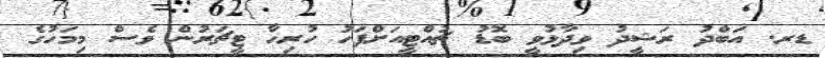
ޑރ. އަބްދު ރަޝީދު ވިދާޅުވީ ބޮޑު ޗުއްޓީއަށްފަހު ހުރިހާ ޓީޗަރުން ވެސް މިމަހުގެ